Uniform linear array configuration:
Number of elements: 4
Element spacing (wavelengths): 0.75
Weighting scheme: cosine
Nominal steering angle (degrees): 30
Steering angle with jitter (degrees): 28.803
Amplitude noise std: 0.05
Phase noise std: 0.05

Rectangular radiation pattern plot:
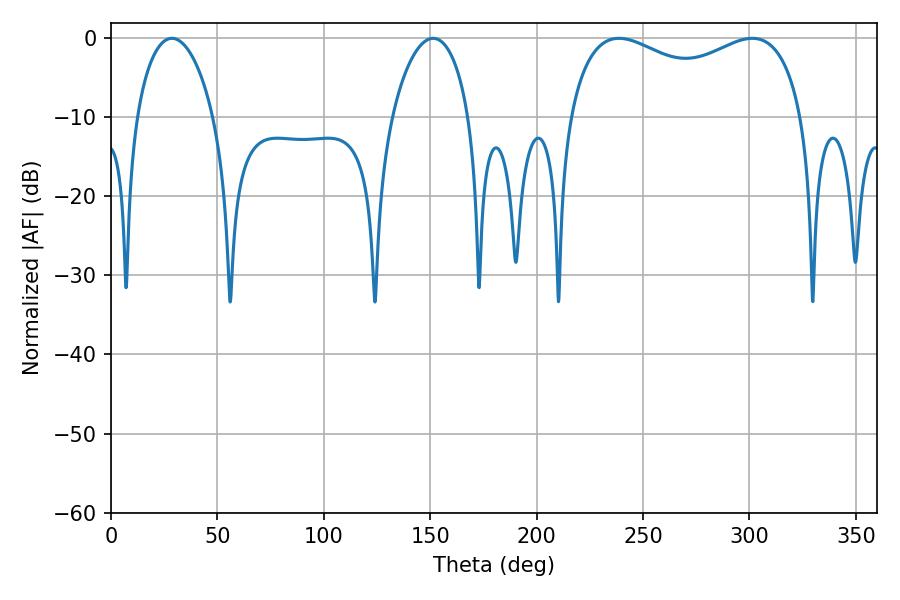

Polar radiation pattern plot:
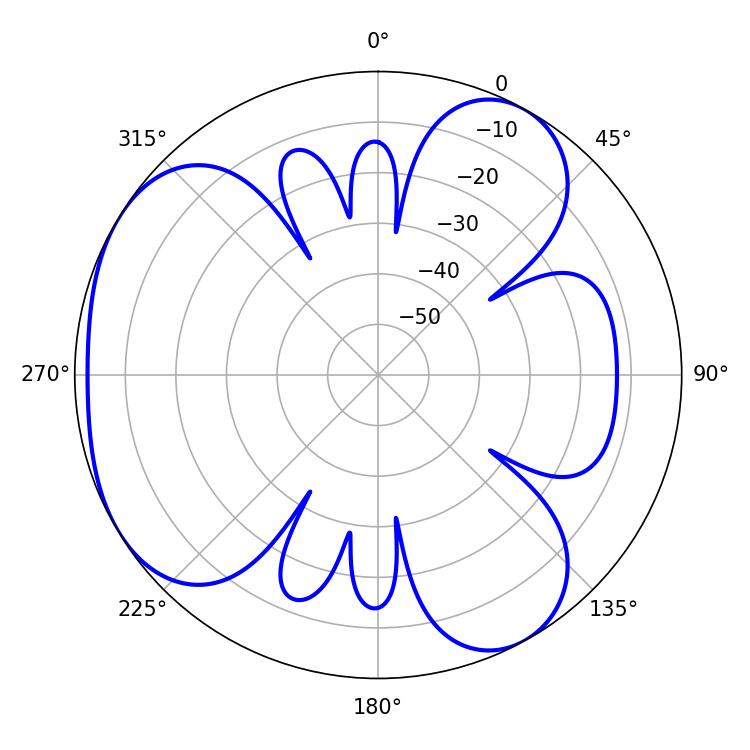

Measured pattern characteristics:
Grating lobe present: TRUE
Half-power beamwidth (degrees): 20.52
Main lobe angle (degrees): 28.62